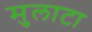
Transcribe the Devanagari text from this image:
मुलाटा